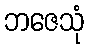
ဘဇေသုံ